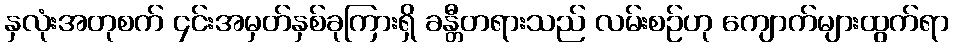
နှလုံးအတုစက် ၄င်းအမှတ်နှစ်ခုကြားရှိ ခန္တီတရားသည် လမ်းစဉ်ဟု ကျောက်များထွက်ရာ